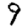
Digit: 9